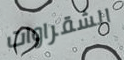
الشقراوات